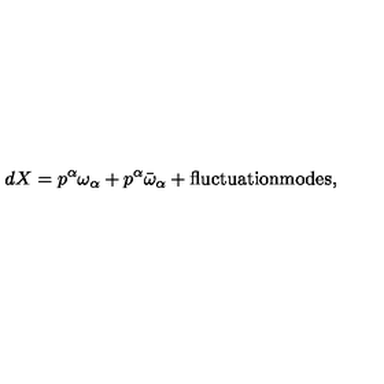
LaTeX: d X = p ^ { \alpha } \omega _ { \alpha } + p ^ { \alpha } \bar { \omega } _ { \alpha } + \mathrm { f l u c t u a t i o n m o d e s } ,